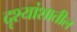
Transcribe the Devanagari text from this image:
दृश्यांशातील